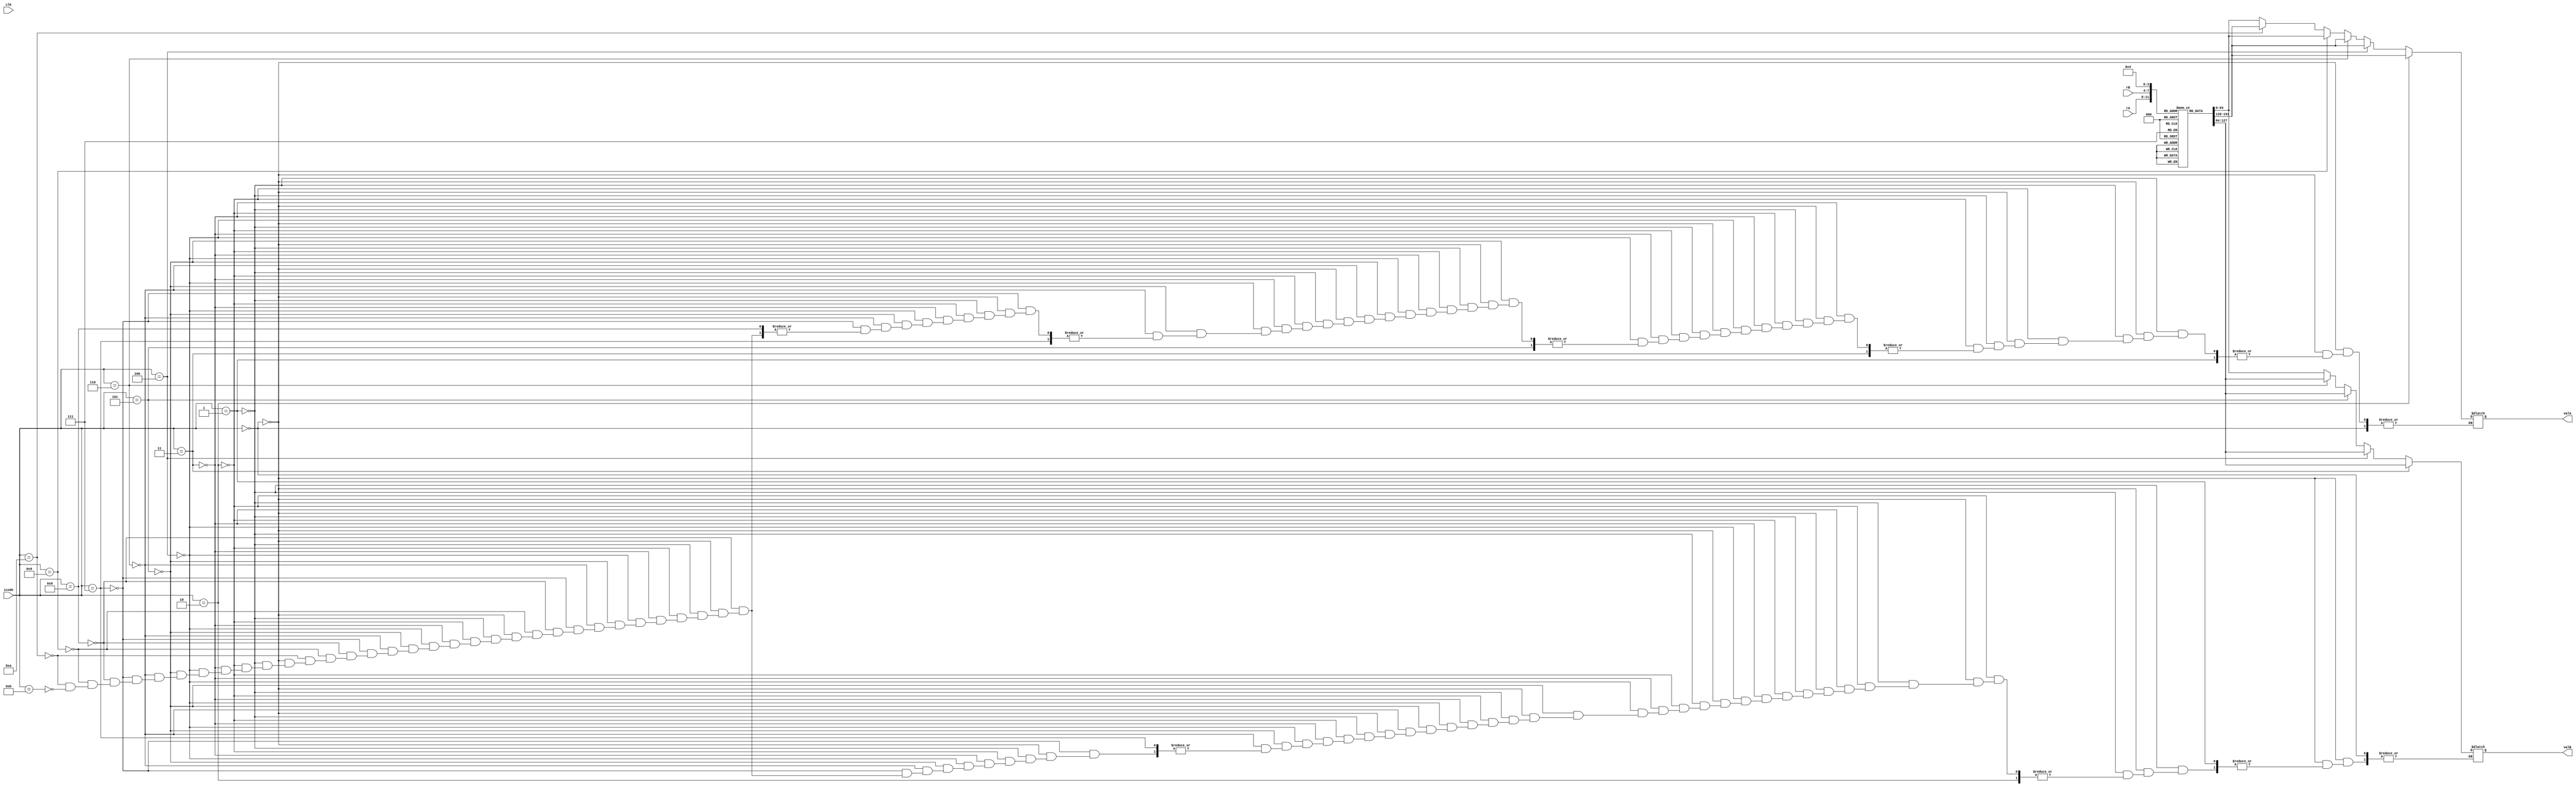
module SEQdecode(clk, icode, rA, rB, valA, valB);
    input clk;
    input [3:0] icode, rA, rB;
    output reg [63:0] valA, valB;

    initial begin
        valA = 0;
        valB = 0;
    end

    reg [63:0] registers [0:14];
    integer i;
    initial begin
        for(i = 0; i <= 14; i=i+1) begin
            registers[i] = i;
        end
    end

    always @(*) begin
        if (icode == 4'b0000) begin // halt
        end
        else if (icode == 4'b0001) begin // nop
        end
        else if (icode == 4'b0010) begin // cmovXX
            valA = registers[rA];
        end
        else if (icode == 4'b0011) begin // irmovq
            valB = registers[rB];
        end
        else if (icode == 4'b0100) begin // rmmovq
            valA = registers[rA];
            valB = registers[rB];
        end
        else if (icode == 4'b0101) begin // mrmovq
            valB = registers[rB];
        end
        else if (icode == 4'b0110) begin // OPq
            valA = registers[rA];
            valB = registers[rB];
        end
        else if (icode == 4'b0111) begin // jXX
        end
        else if (icode == 4'b1000) begin // call
            valB = registers[4];
        end
        else if (icode == 4'b1001) begin // ret
            valA = registers[4];
            valB = registers[4];
        end
        else if (icode == 4'b1010) begin // pushq
            valA = registers[rA];
            valB = registers[4];
        end
        else if (icode == 4'b1011) begin // popq
            valA = registers[4];
            valB = registers[4];
        end
    end
endmodule